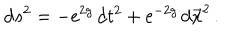
\mathrm { d } s ^ { 2 } = - \mathrm { e } ^ { 2 g } \, \mathrm { d } t ^ { 2 } + \mathrm { e } ^ { - 2 g } \, \mathrm { d } \vec { x } ^ { 2 } \, .